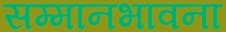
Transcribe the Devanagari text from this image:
सम्मानभावना